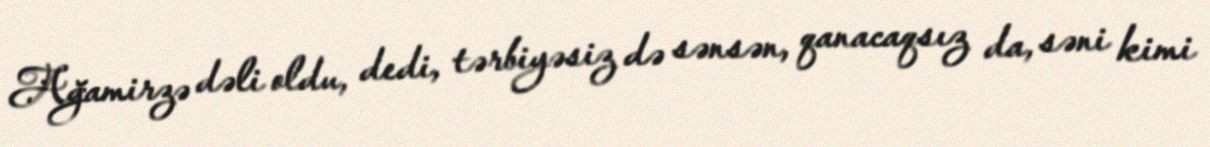
Ağamirzə dəli oldu, dedi, tərbiyəsiz də sənsən, qanacaqsız da, səni kimi